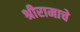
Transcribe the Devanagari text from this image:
श्रीरामाचे